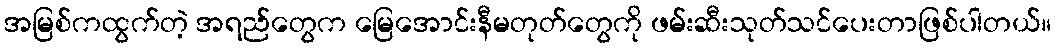
အမြစ်ကထွက်တဲ့ အရည်တွေက မြေအောင်းနီမတုတ်တွေကို ဖမ်းဆီးသုတ်သင်ပေးတာဖြစ်ပါတယ်။